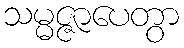
သမ္မဇ္ဇာပေတွာ